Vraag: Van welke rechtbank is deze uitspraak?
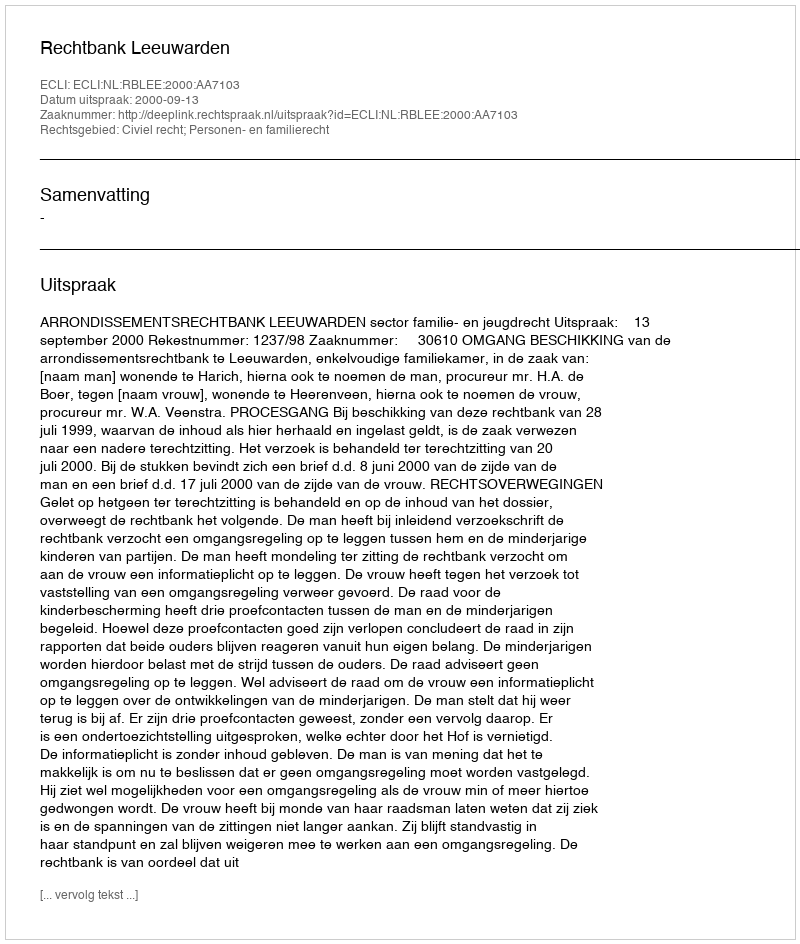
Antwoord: Rechtbank Leeuwarden